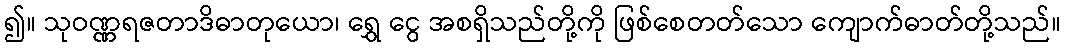
၍။ သုဝဏ္ဏရဇတာဒိဓာတုယော၊ ရွှေ ငွေ အစရှိသည်တို့ကို ဖြစ်စေတတ်သော ကျောက်ဓာတ်တို့သည်။